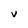
Character: v